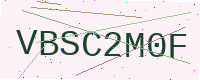
Text: VBSC2M0F